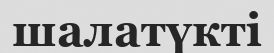
шалатүкті